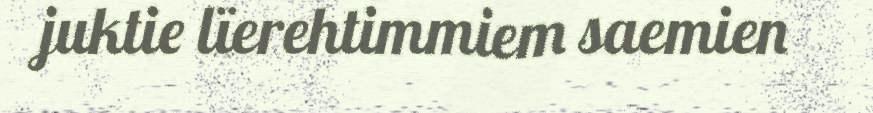
juktie lïerehtimmiem saemien